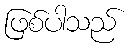
ဖြစ်ပါသည်